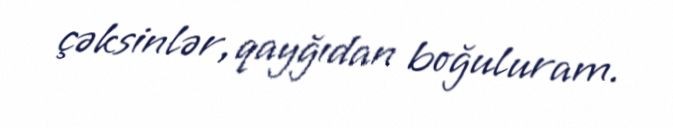
çəksinlər, qayğıdan boğuluram.